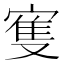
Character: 𱚐